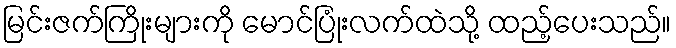
မြင်းဇက်ကြိုးများကို မောင်ပြုံးလက်ထဲသို့ ထည့်ပေးသည်။